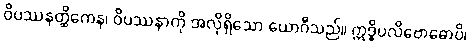
ဝိပဿနတ္ထိကေန၊ ဝိပဿနာကို အလိုရှိသော ယောဂီသည်။ ဣဒ္ဓိပလိဗောဓောပိ၊